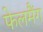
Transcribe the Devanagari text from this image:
फेलमैंग